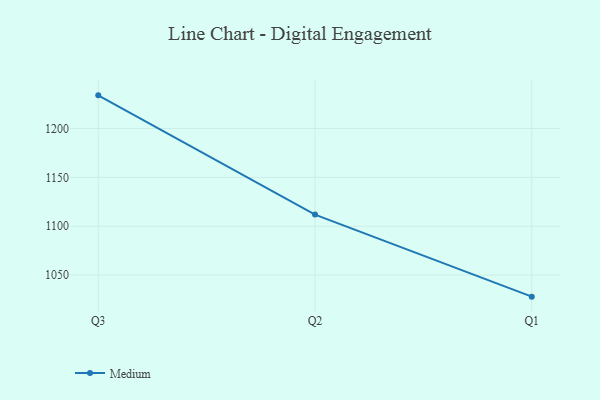
{"axis": {"x": "Quarter", "y": "Tickets Resolved"}, "legend": ["Medium"], "data": [{"x": "Q3", "y": 1234.0, "type": "Medium"}, {"x": "Q2", "y": 1111.9, "type": "Medium"}, {"x": "Q1", "y": 1027.9, "type": "Medium"}]}